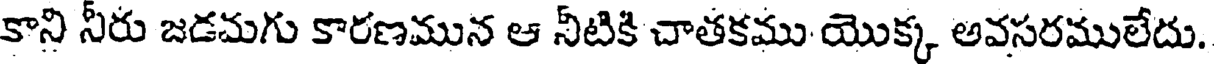
కాని నీరు జడమగు కారణమున ఆ నీటికి చాతకము యొక్క అవసరములేదు.